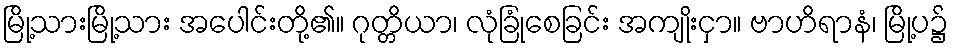
မြို့သားမြို့သား အပေါင်းတို့၏။ ဂုတ္တိယာ၊ လုံခြုံစေခြင်း အကျိုးငှာ။ ဗာဟိရာနံ၊ မြို့ပ၌